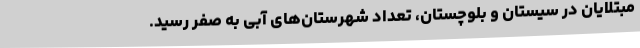
مبتلایان در سیستان و بلوچستان، تعداد شهرستان‌های آبی به صفر رسید.